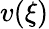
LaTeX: v(\xi)